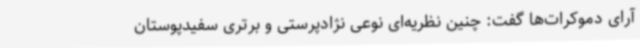
آرای دموکرات‌ها گفت: چنین نظریه‌ای نوعی نژادپرستی و برتری سفیدپوستان